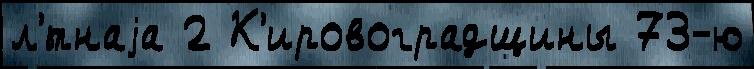
л'́тнаjа 2 К'ировоградщины 73-ю